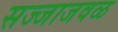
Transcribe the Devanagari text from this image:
सज्जाजवळ